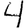
Digit: 4